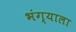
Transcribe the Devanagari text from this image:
भंग्याला